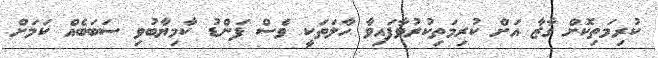
ކުރިމަތިކޮށް ގާޒާ އަށް ކުރިމަތިކުރުވާފައިވާ ހާލަތަކީ ވެސް ފަންޑު ކާމިޔާބުވި ސަބަބެއް ކަމަށް